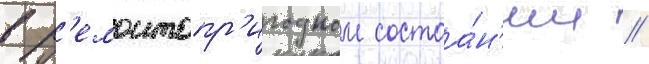
в р'емонтопр'игодном состоа́н'ии //